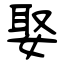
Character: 娶